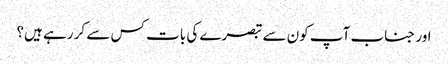
اور جناب آپ کون سے تبصرے کی بات کس سے کر رہے ہیں؟